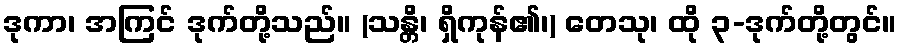
ဒုကာ၊ အကြင် ဒုက်တို့သည်။ (သန္တိ၊ ရှိကုန်၏၊) တေသု၊ ထို ၃-ဒုက်တို့တွင်။